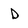
Character: D